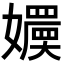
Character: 𡣬